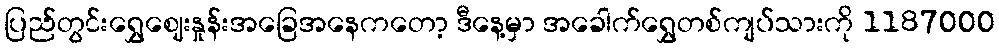
ပြည်တွင်းရွှေဈေးနှုန်းအခြေအနေကတော့ ဒီနေ့မှာ အခေါက်ရွှေတစ်ကျပ်သားကို 1187000